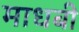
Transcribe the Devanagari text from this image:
माधबी